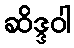
ဆိဒ္ဒဝါ